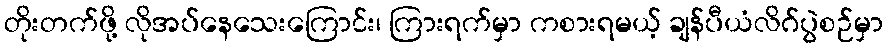
တိုးတက်ဖို့ လိုအပ်နေသေးကြောင်း၊ ကြားရက်မှာ ကစားရမယ့် ချန်ပီယံလိဂ်ပွဲစဉ်မှာ